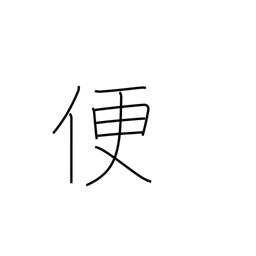
Meaning: convenience